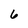
Character: 6